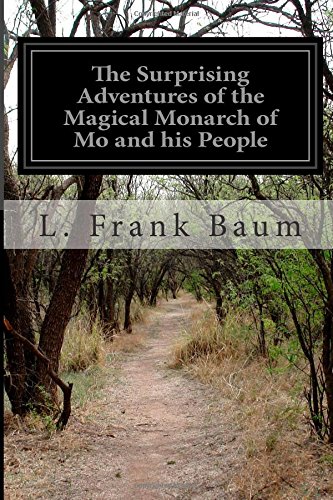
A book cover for The Surprising Adventures of the Magical Monarch of Mo and his People; L. Frank Baum; Literature & Fiction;